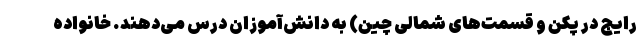
رایج در پکن و قسمت‌های شمالی چین) به دانش‌آموزان درس می‌دهند. خانواده